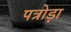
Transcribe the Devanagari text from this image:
पत्रोड़ा